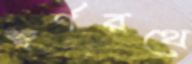
স্বর্ণরথে